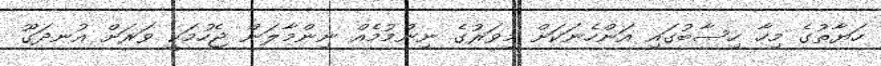
ހަޔާތުގެ މިހާ ހިސާބުގައި އަންހެނަކަށް މިވަރުގެ ނިންމުމެއްް ނިންމާލަން ޖެހުމަކީ ވަރަށް އުނދަގޫ